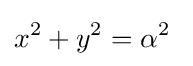
x^{2}+y^{2}=\alpha ^{2}\